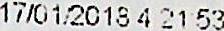
17/01/2018 4:21:53